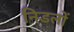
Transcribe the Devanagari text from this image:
निडलों